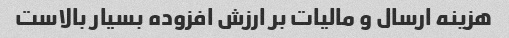
هزینه ارسال و مالیات بر ارزش افزوده بسیار بالاست